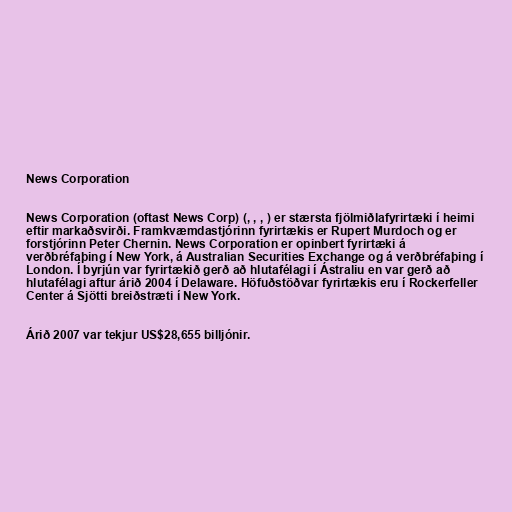
News Corporation

News Corporation (oftast News Corp) (, , , ) er stærsta fjölmiðlafyrirtæki í heimi
eftir markaðsvirði. Framkvæmdastjórinn fyrirtækis er Rupert Murdoch og er
forstjórinn Peter Chernin. News Corporation er opinbert fyrirtæki á
verðbréfaþing í New York, á Australian Securities Exchange og á verðbréfaþing í
London. Í byrjún var fyrirtækið gerð að hlutafélagi í Ástraliu en var gerð að
hlutafélagi aftur árið 2004 í Delaware. Höfuðstöðvar fyrirtækis eru í Rockerfeller
Center á Sjötti breiðstræti í New York.

Árið 2007 var tekjur US$28,655 billjónir.